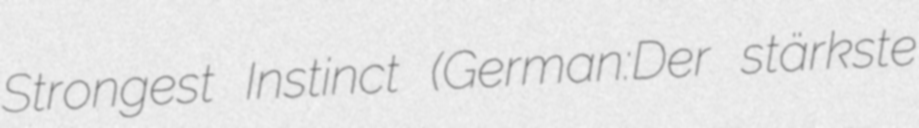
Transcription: Strongest Instinct (German:Der stärkste